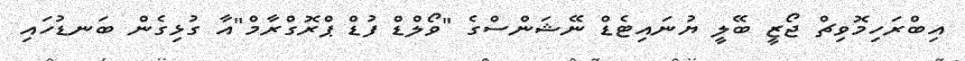
އިބްރަހިމޮވިޗް ޖޯޒީ ބޭލީ ޔުނައިޓެޑް ނޭޝަންސްގެ "ވޯލްޑް ފުޑް ޕްރޮގްރާމް"އާ ގުޅިގެން ބަނޑުހައި